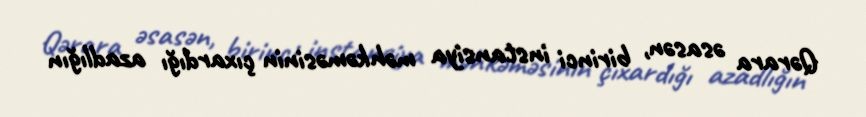
Qərara əsasən, birinci instansiya məhkəməsinin çıxardığı azadlığın